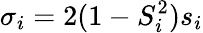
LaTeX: \sigma_{i}=2(1-S_{i}^{2})s_{i}